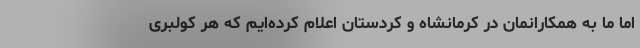
اما ما به همکارانمان در کرمانشاه و کردستان اعلام کرده‌ایم که هر کولبری